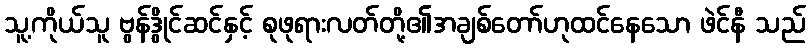
သူ့ကိုယ်သူ ဗွန်ဒွိုင်ဆင်နှင့် စုဖုရားလတ်တို့၏အချစ်တော်ဟုထင်နေသော ဖဲင်နီ သည်